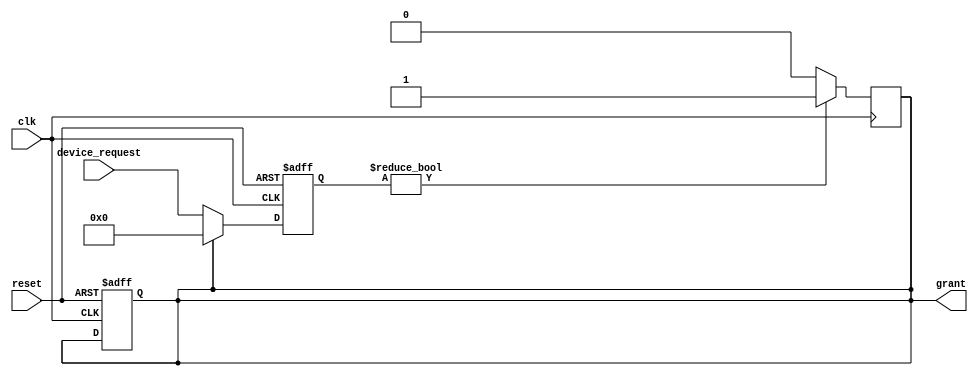
module Serial_arbiter (
  input wire clk,
  input wire reset,
  input wire [3:0] device_request,
  output reg grant
);

reg [3:0] priority;
reg [3:0] request_reg;

always @(posedge clk or posedge reset) begin
  if (reset) begin
    priority <= 4'b0000;
    grant <= 1'b0;
    request_reg <= 4'b0000;
  end else begin
    if (grant) begin
      priority <= 4'b0000;
      request_reg <= 4'b0000;
    end else begin
      priority <= device_request;
      request_reg <= device_request;
    end
  end
end

always @(posedge clk) begin
  if (request_reg != 4'b0000) begin
    grant <= 1'b1;
  end else begin
    grant <= 1'b0;
  end
end

endmodule